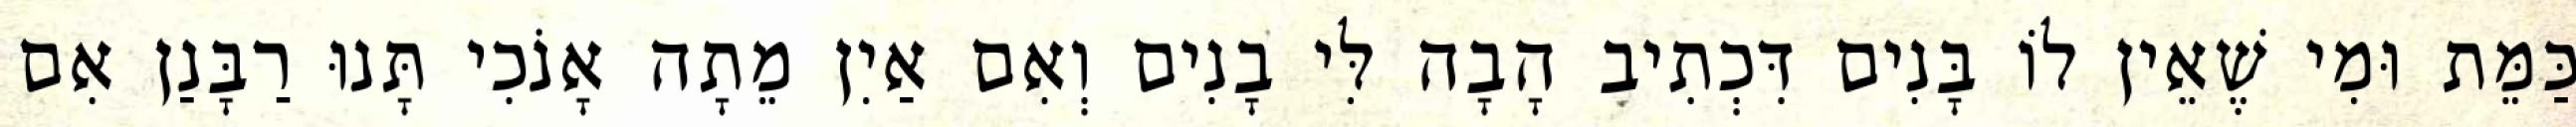
כַּמֵּת וּמִי שֶׁאֵין לוֹ בָּנִים דִּכְתִיב הָבָה לִּי בָנִים וְאִם אַיִן מֵתָה אָנֹכִי תָּנוּ רַבָּנַן אִם